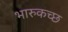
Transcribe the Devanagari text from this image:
भारुकच्छ